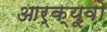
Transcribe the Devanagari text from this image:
आर्क्यूवो